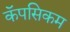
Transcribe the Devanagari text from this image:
कॅपसिकम